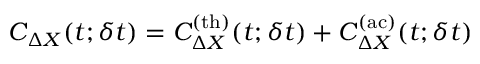
C _ { \Delta X } ( t ; \delta t ) = C _ { \Delta X } ^ { \mathrm { ( t h ) } } ( t ; \delta t ) + C _ { \Delta X } ^ { \mathrm { ( a c ) } } ( t ; \delta t )